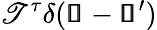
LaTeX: \mathscr{T}^{\tau}\delta(\pmb{\mathscr{s}}-\pmb{\mathscr{s}}^{\prime})